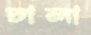
ঢালা